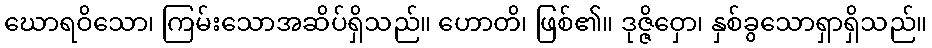
ဃောရဝိသော၊ ကြမ်းသောအဆိပ်ရှိသည်။ ဟောတိ၊ ဖြစ်၏။ ဒုဇ္ဇိဝှော၊ နှစ်ခွသောရှာရှိသည်။